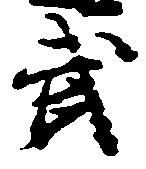
武